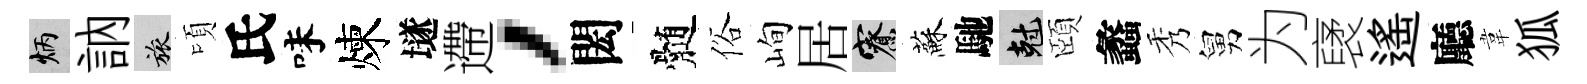
炳訥旅頃氏味煉𡑞遰，閎髄俗峋居寮蘇馳剋頤蠡秀舅为裦遙廳韋狐